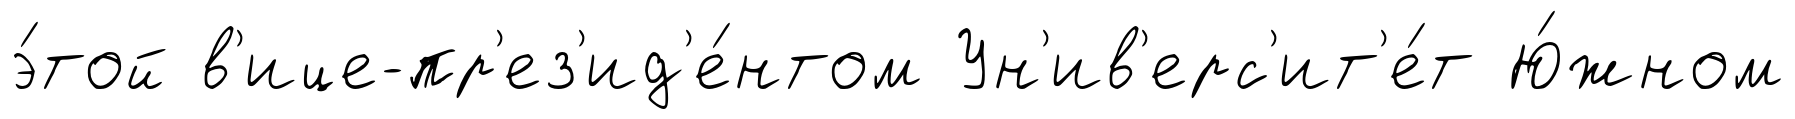
э́той в'ице-пр'ез'ид'е́нтом Ун'ив'ерс'ит'е́т Ю́жном